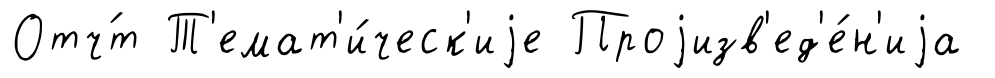
Отч́т Т'емат'и́ческ'иjе Проjизв'ед'е́н'иjа